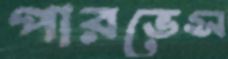
পারভেস